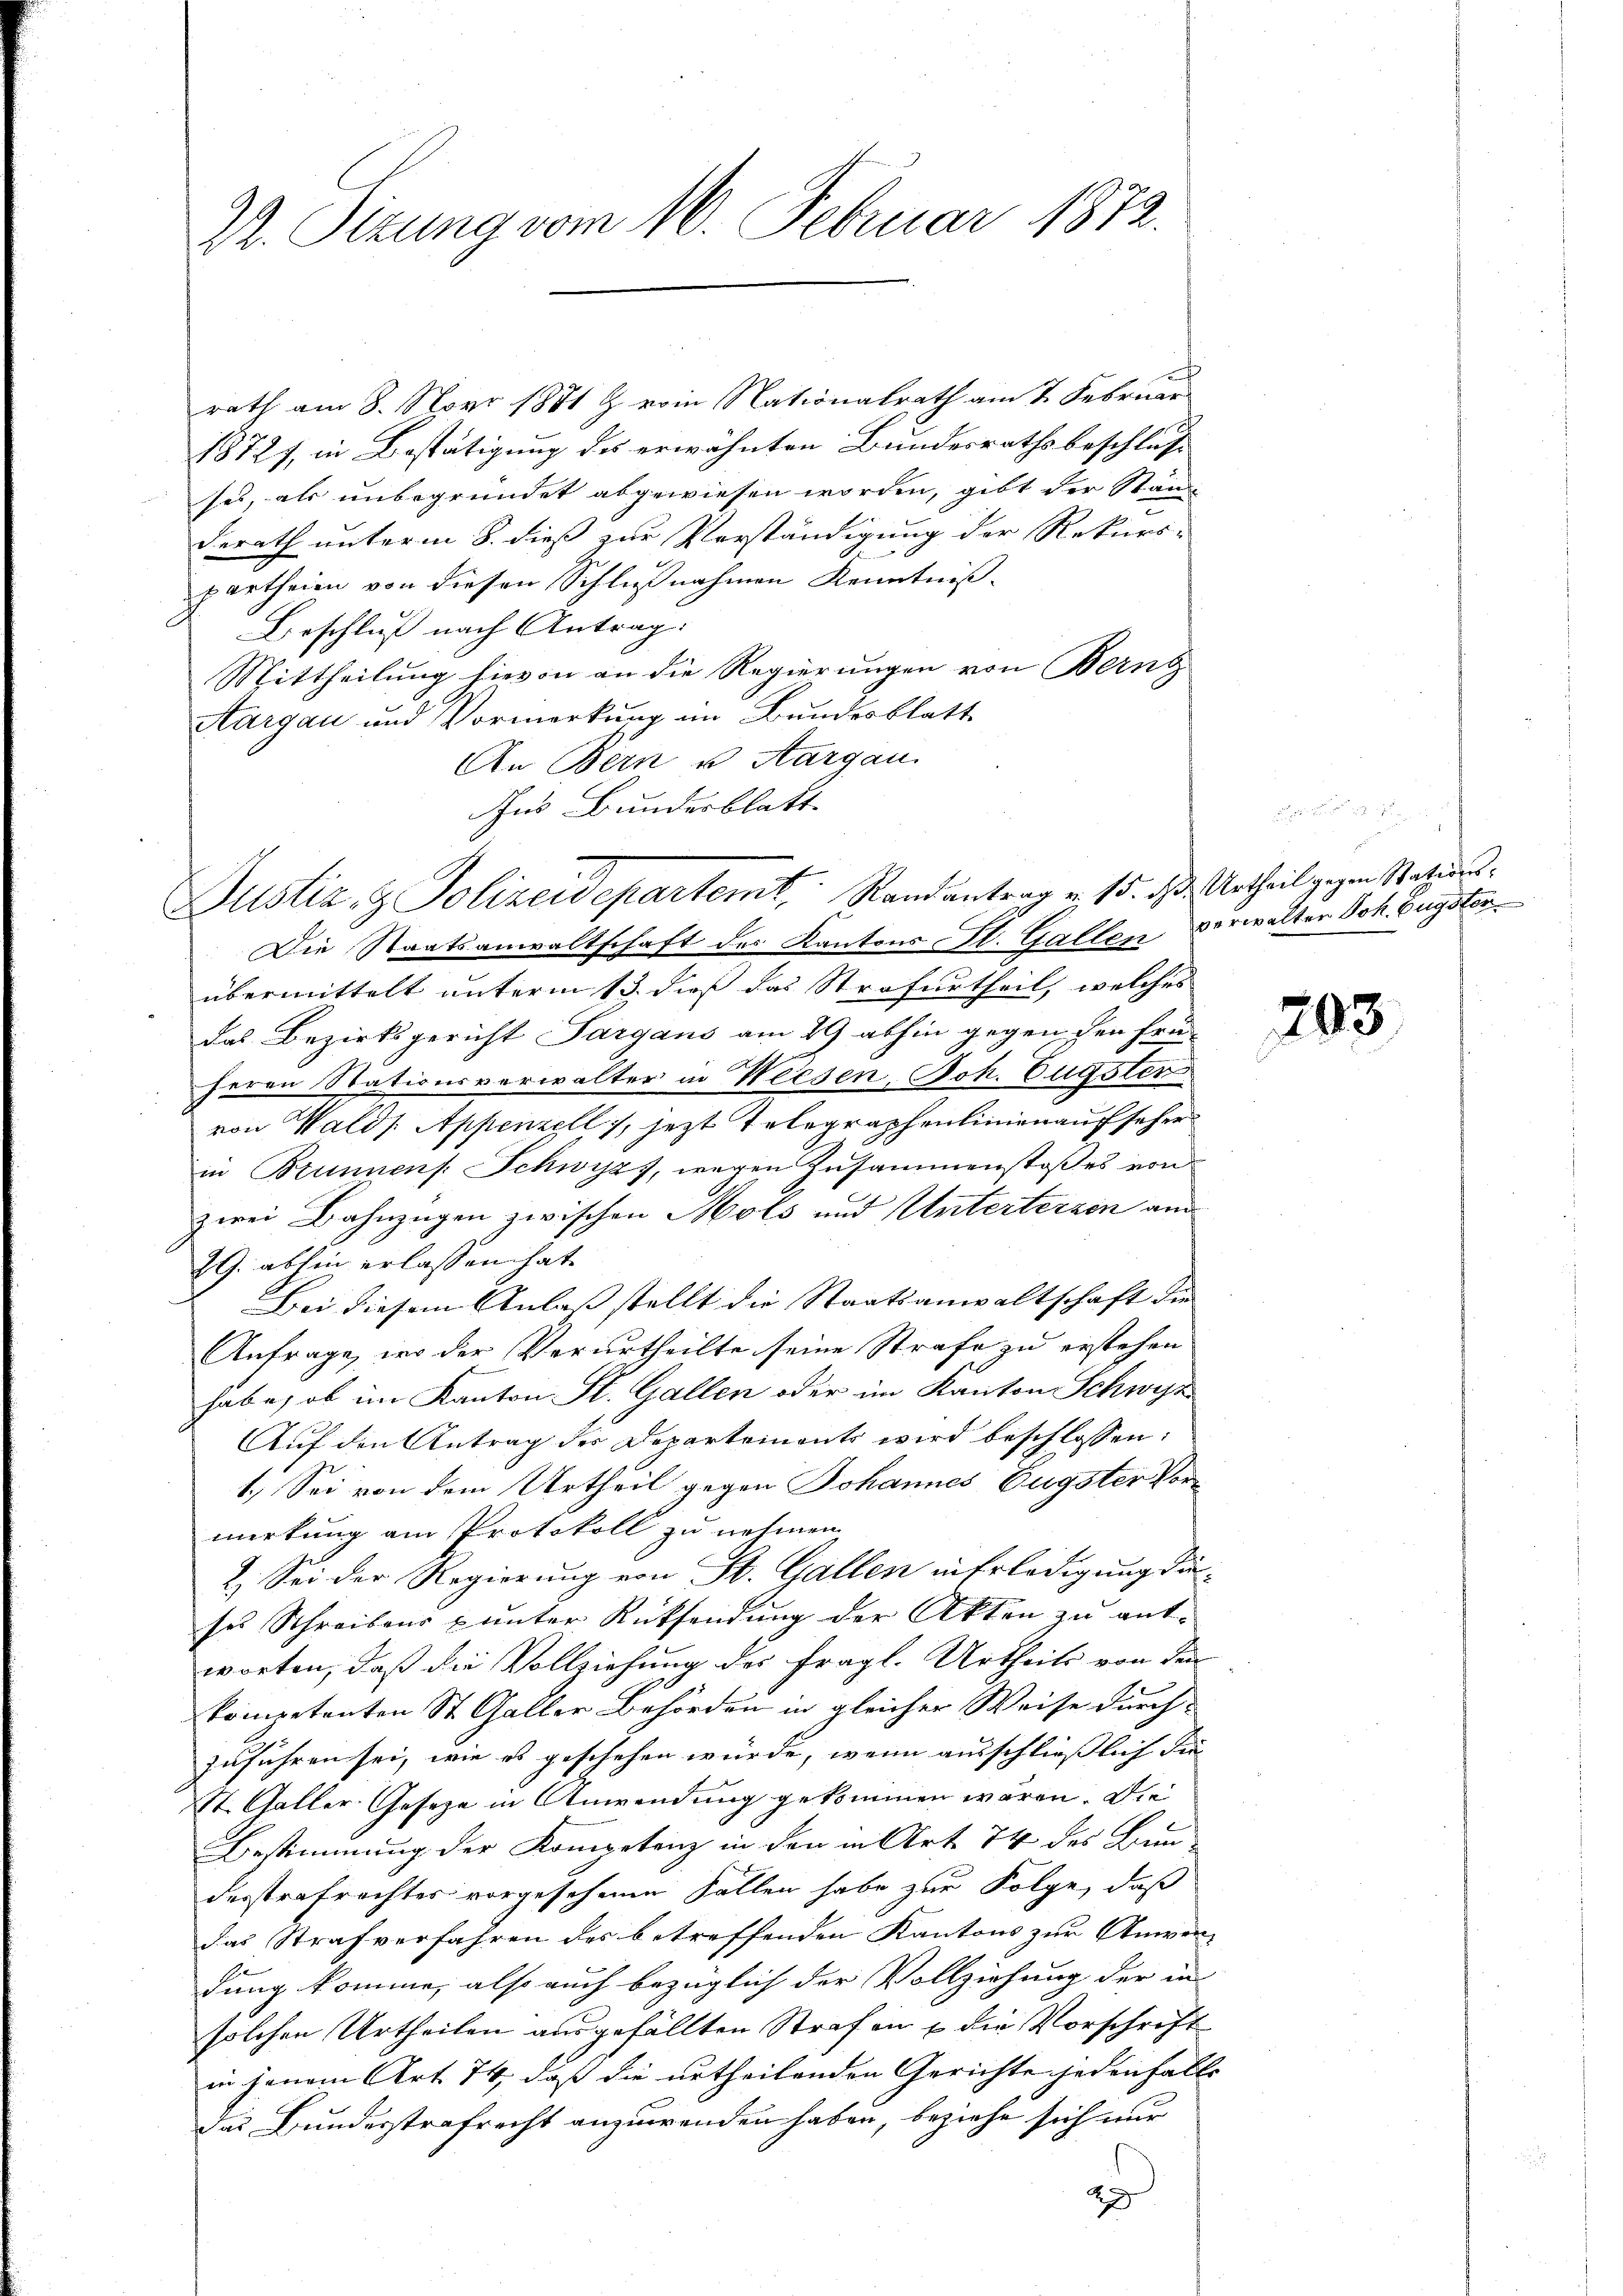
22. Sizung vom 16. Februar 1872.

rath am 8. Nov. 1881 & vom Nationalrath am 2. Februar
1872, in Bestätigung des erwähnten Bundesrathsbeschluss
ses, als unbegründet abgewiesen worden, gibt der Ständ
Berath unterm 8. dieß zur Verständigung der Rekurs-
partheien von diesen Schlußnahmen Kenntniß¬
Beschluß nach Antrag:
Mittheilung hievon an die Regierungen von Berng
Aargau und Vormerkung im Bundesblatt
An Bern u. Aargau.
Aus Bundesblatt

Justiz- & Polizeidepartemt, Randantrag v. 15. ds. Urtheil gegen Rati¬

Die Staatsanwaltschaft des Kantons A. Gallen verwalter Joh. Eugster
übermittelt unterm 13. dieß das Strafurtheil, welches
das Bezirksgericht Sargaus am 29 abhin gegen den frü
herrn Stationsverwalter in Weesen, Joh. Eugster
von Walds Appenzell, jezt Telegraphenlinien aufseher
in Brunnens. Schwyzz, wegen Zusammenstoßes von
zwei Bahnzügen zwischen Mols und Unterterzen and
29. abhin erlassen hat.
Bei diesem Anlaß stellt die Staatsanwaltschaft die
Anfrage, wo der Verurtheilte seine Strafe zu erstehen
habe, ob im Kanton St. Gallen oder im Kanton Schwyz
Auf den Antrag der Departements wird beschlossen:
1.) Sei von dem Urtheil gegen Johannes Eugster Vormerkung am Protokoll zu nehmen
2. Sei der Regierung von St. Gallen in Erledigung die
ses Schreibens & unter Rücksendung der Akten zu antworten, daß die Vollziehung des fragl. Urtheils von den
kompetenten St. Galler Behörden in gleicher Weise durch
zuführen sei, wie es geschehen würde, wenn ausschließlich die
St. Galler Gesetze in Anwendung gekommen wären. Die
Bestimmung der Kompetenz in den in Art. 74 des Bun
desstrafrechtes vorgesehenen Fallen habe zur Folge, daß
das Strafverfahren des betreffenden Kantons zur Anwen- |
dung komme, also auch bezüglich der Vollziehung der in
solchen Urtheilen ausgefällten Strafen u die Vorschrift
in jenem Art. 74, daß die urtheilenden Gerichte jedenfalls
das Bundesstrafrecht anzuwenden haben, beziehe sich nur
2

203.